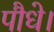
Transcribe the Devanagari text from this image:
पौधे।